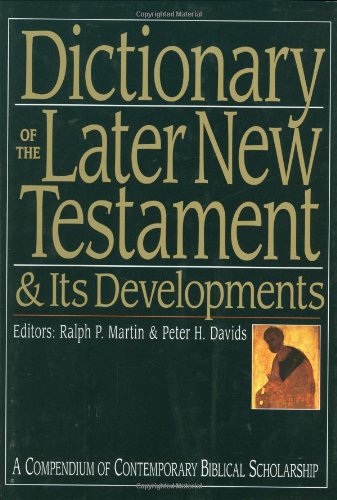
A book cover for Dictionary of the Later New Testament & Its Developments (The IVP Bible Dictionary Series); Reference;